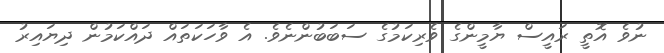
ނުވެ އޮތީ ރައީސް ޔާމީންގެ ވެރިކަމުގެ ސަބަބުންނެވެ. އެ ވާހަކަތައް ދައްކަމުން ދިޔައިރު